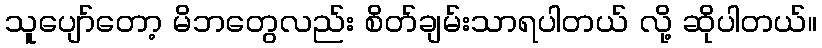
သူပျော်တော့ မိဘတွေလည်း စိတ်ချမ်းသာရပါတယ် လို့ ဆိုပါတယ်။